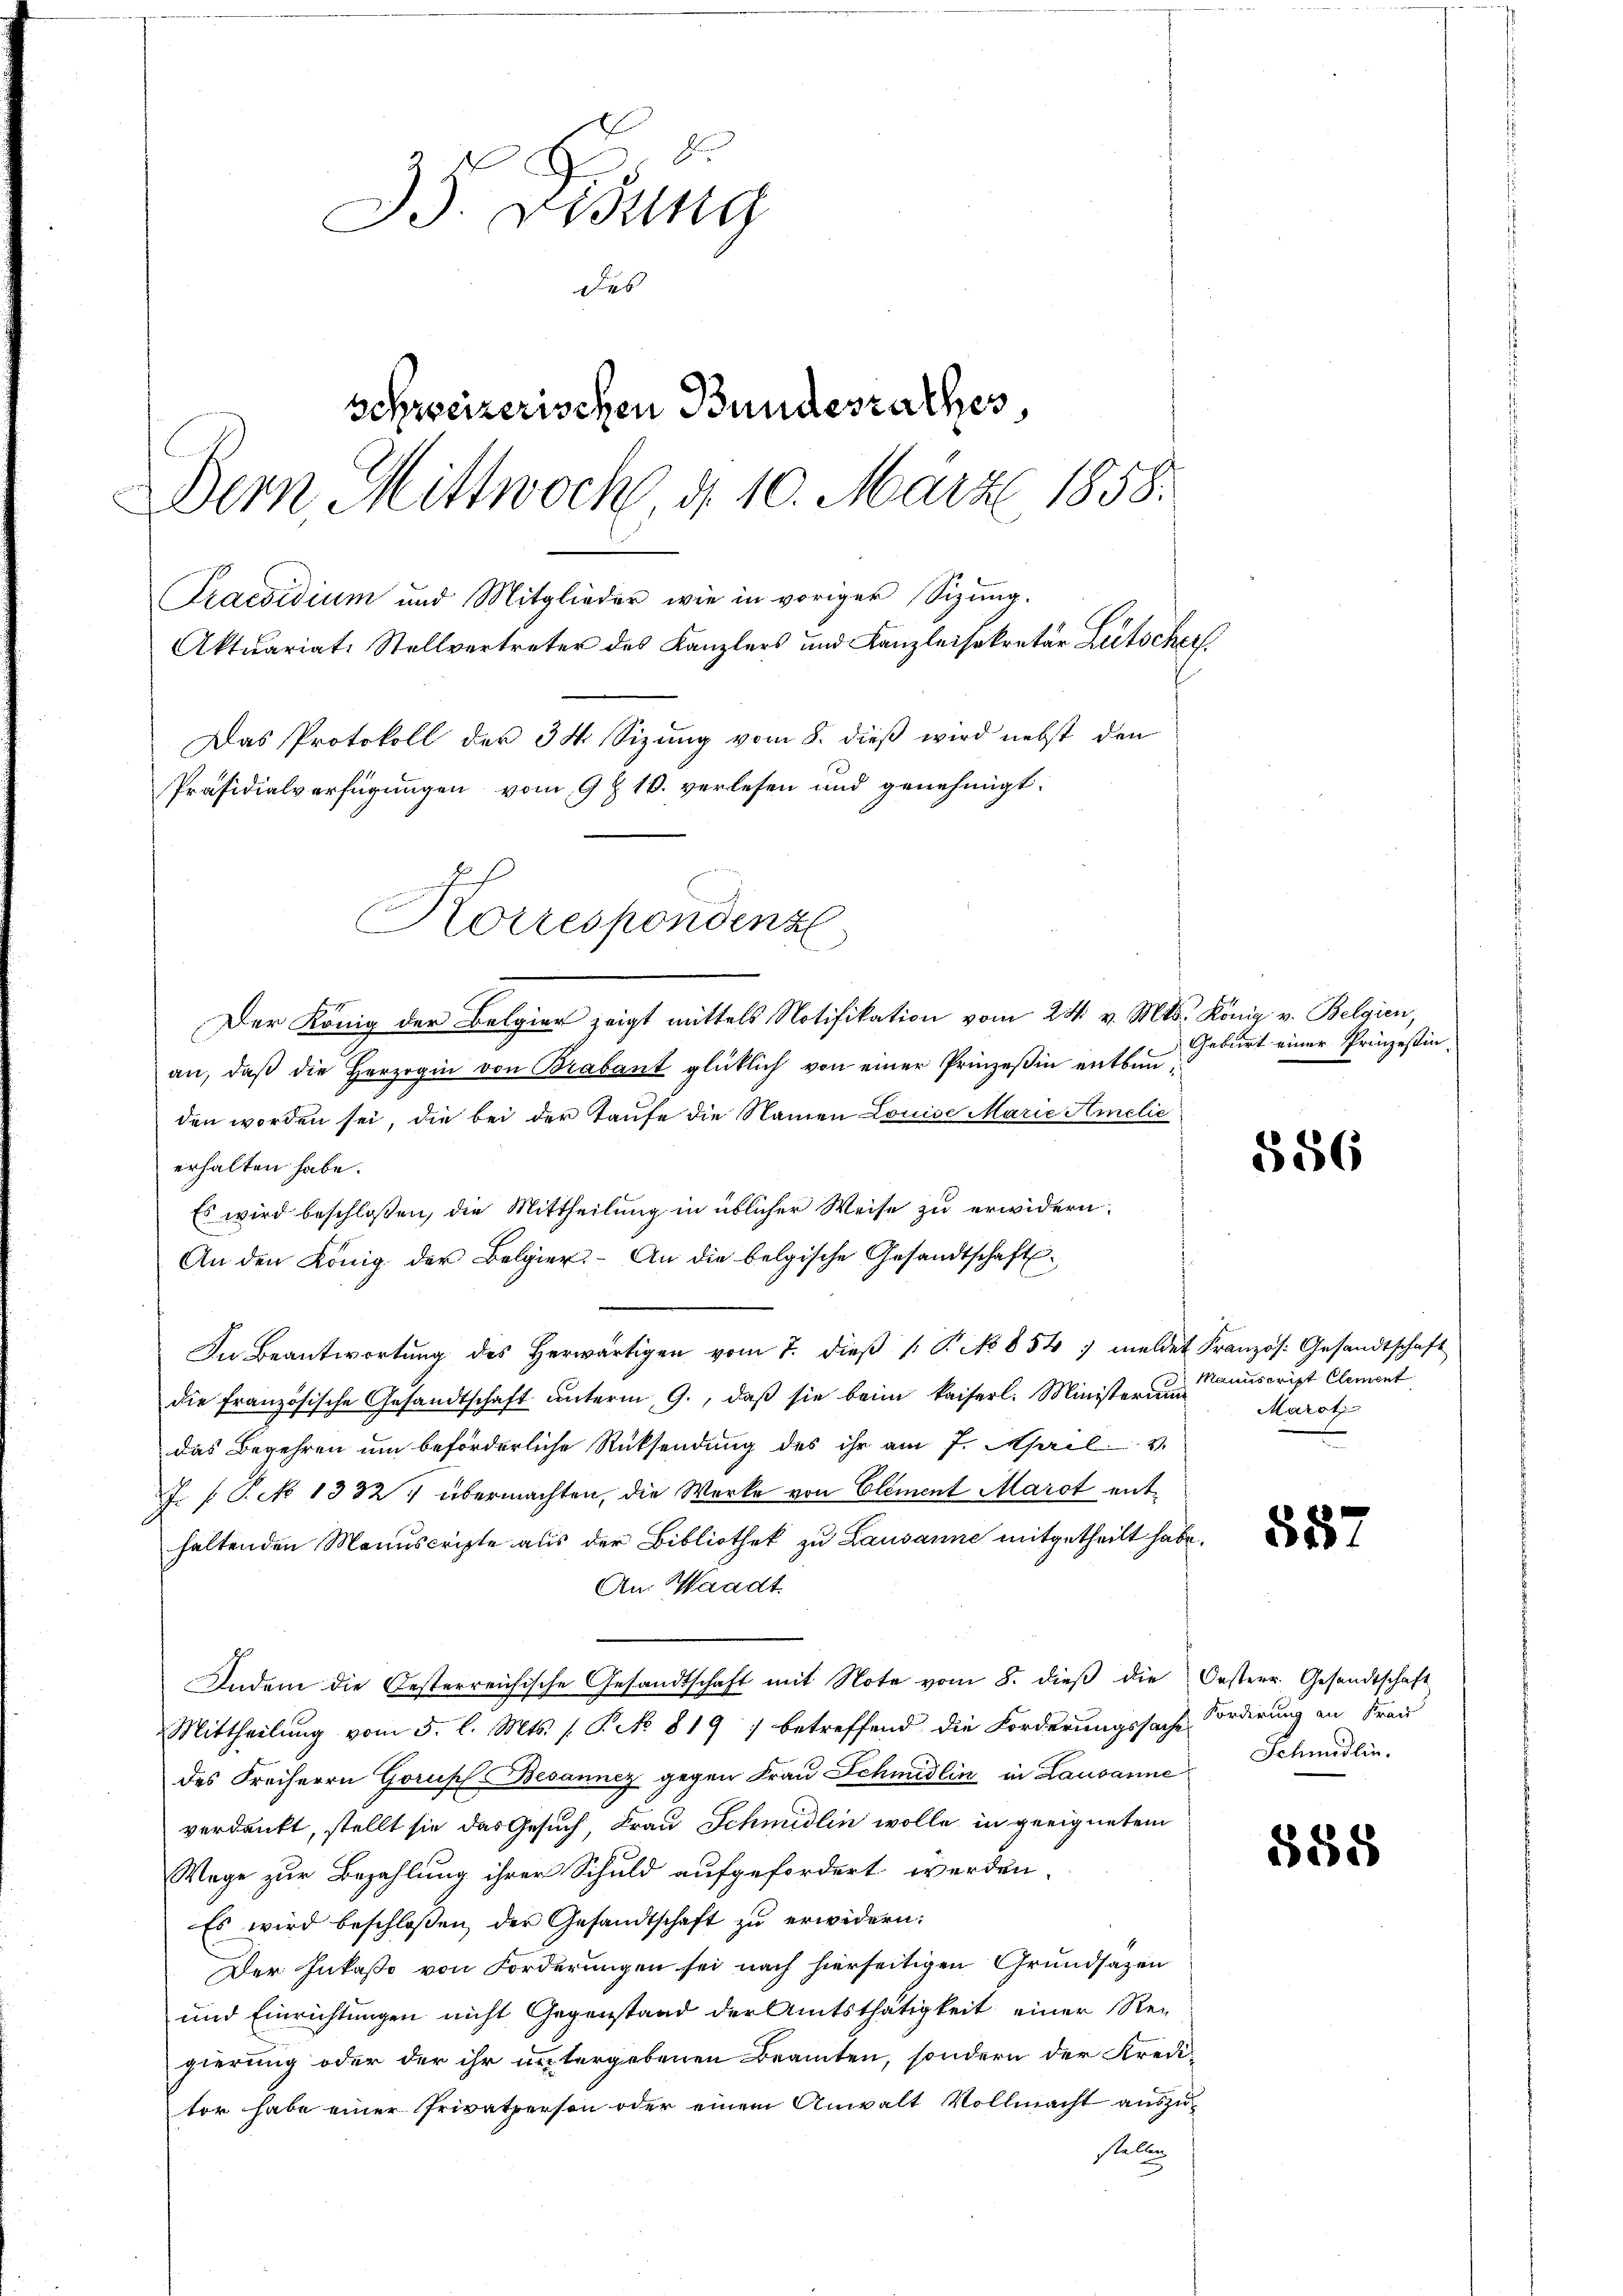
b
Bd. Visung
des
schweizerischen Bundesrathes,
Denn Mittwoch, d. 10. März 1858.
Praesidium und Mitglieder wie in voriger Sizung.
Aktuariat-Stellvertreter des Kanzlers und Kanzleisekretär Litscher
Das Protokoll der 34 Sizung vom 8. dieß wird nebst den
Präsidialverfügungen vom 9 t 10. verlesen und genehmigt.
Korrespondenz

Der König der Belgier zeigt mittels Notifikation vom 24. v. Mts. König v. Belgien,

an, daβ die Herzogin von Brabant glücklich von einer Prinzeßin entbaŭ-
den worden sei, die bei der Taufe die Namen Louise Marie Amelić
erhalten habe.
Es wird beschloßen, die Mittheilung in üblicher Weise zu erwidern.
An den König der Belgier. An die belgische Gesandtschaft
In Beantwortŭng des herwärtigen vom 7. dieβ (: P. No 854 ; meldet Französ. Gesandtschaft
die französische Gesandtschaft unterm 9., daß sie beim kaiserl. Ministerum Marot
das Begehren um beförderliche Rücksendung des ihr am 7. April v.
J. (T. 1332. übermachten, die Werke von Element Marot enthaltenden Manuscripte aus der Bibliothek zu Lausanne mitgetheilt habe.
An: Waadt
Indem die Besterreichische Gesandtschaft mit Note vom 8. dieβ die Oesterr. Gesandtschaft
Mittheilung vom 5. l. Mts. s. P. No 819 ; betreffend die Forderungssache Forderung an Frau
des Freiherrn Gorus Besannez gegen Frau Schmidlin in Lausanne Schmidlin.
verdankt, stellt sie das Gesuch, Frau Schmidlin wolle in geeignetem
Wege zur Bezahlung ihrer Schuld aufgefordert werden
Es wird beschlossen, der Gesandtschaft zu erwidern:
Der Inkaße von Forderungen sei nach hierseitigen Grundsatzen
und Einrichtungen nicht Gegenstand der Amtsthätigkeit einer Rei
gierung oder der ihr untergebenen Beamten, sondern der Kredi-
tor habe einer Privatperson oder einem Anwalt Vollmacht auszustellen.

Geburt einer Prinzessin.

556

Manuscript Clement

557

588